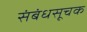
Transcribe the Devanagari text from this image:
संबंधसूचक